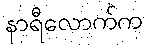
နာရီလောက်က